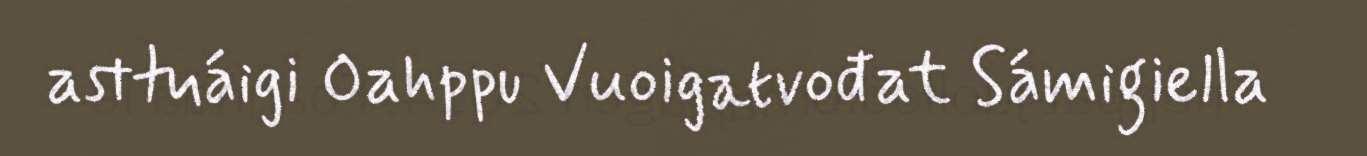
asttuáigi Oahppu Vuoigatvođat Sámigiella